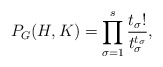
\begin{align*}P_G(H, K) = \prod_{\sigma = 1}^s \frac{t_\sigma!}{t_\sigma^{t_\sigma}},\end{align*}